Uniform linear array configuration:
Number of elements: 48
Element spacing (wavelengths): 0.75
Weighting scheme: cosine
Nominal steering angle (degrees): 30
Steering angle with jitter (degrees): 29.738
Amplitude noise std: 0.05
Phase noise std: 0.05

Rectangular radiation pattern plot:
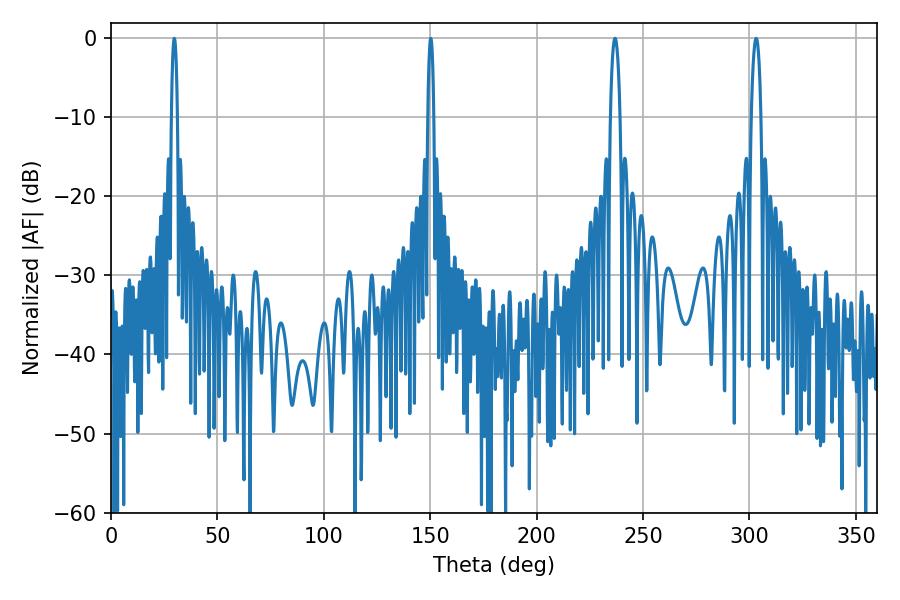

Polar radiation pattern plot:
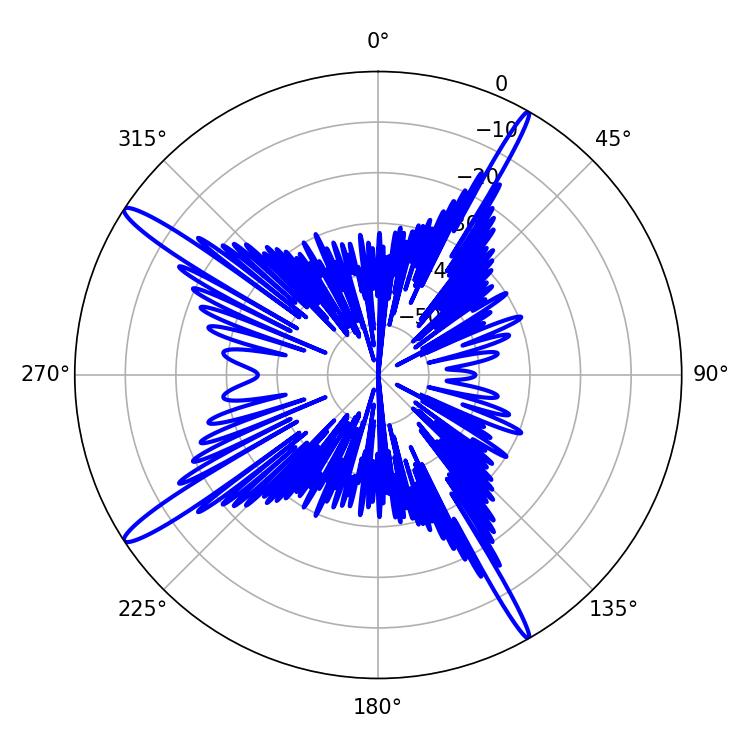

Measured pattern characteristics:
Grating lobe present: TRUE
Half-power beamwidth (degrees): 2.52
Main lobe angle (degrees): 303.12